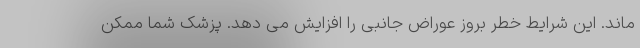
ماند. این شرایط خطر بروز عوراض جانبی را افزایش می دهد. پزشک شما ممکن